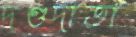
দণ্ডদাতা